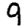
Digit: 9